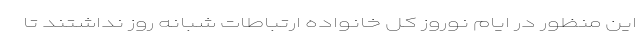
این منظور در ایام نوروز کل خانواده ارتباطات شبانه روز نداشتند تا